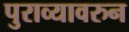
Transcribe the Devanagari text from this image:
पुराव्यावरुन